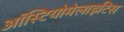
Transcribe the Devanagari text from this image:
ऑस्टियोमेलाइटिस